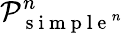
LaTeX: \mathcal P_{\mathrm{~s~i~m~p~l~e~}^{n}}^{n}